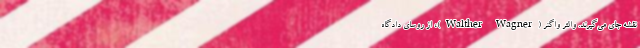
نقشه جای می‌گیرند. والتر واگنر (Walther Wagner)، از روسای دادگاه